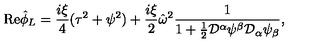
{ \mathrm { R e } } \hat { \phi } _ { L } = \frac { i \xi } { 4 } ( \tau ^ { 2 } + \psi ^ { 2 } ) + \frac { i \xi } { 2 } \hat { \omega } ^ { 2 } \frac { 1 } { 1 + \frac { 1 } { 2 } { \cal D } ^ { \alpha } \psi ^ { \beta } { \cal D } _ { \alpha } \psi _ { \beta } } ,